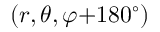
( r , \theta , \varphi { + } 1 8 0 ^ { \circ } )